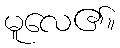
မူလေ၏။